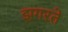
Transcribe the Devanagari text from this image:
झगरते